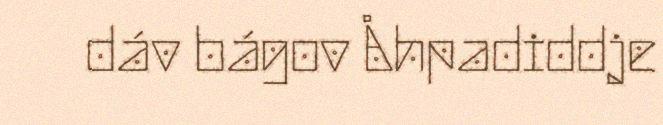
dáv bágov Åhpadiddje